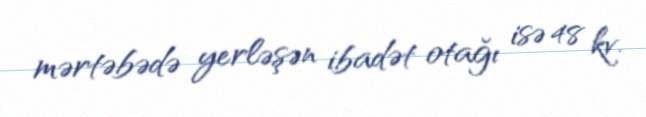
mərtəbədə yerləşən ibadət otağı isə 48 kv.